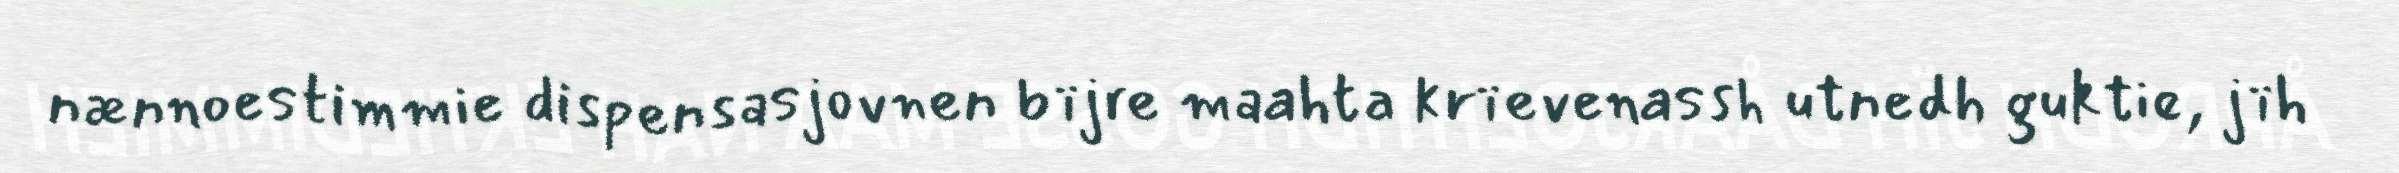
nænnoestimmie dispensasjovnen bïjre maahta krïevenassh utnedh guktie, jïh